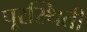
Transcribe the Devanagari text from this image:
पूरस्थिती